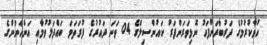
ހުވާކުރުމުގެ ދަރުބާރަށްފަހު ނޮޅިވަރަންފަރު ކައުންސިލްގެ 04 ވަނަ ދައުރުގެ ފުރަތަމަ ބައްދަލުވުމާއި އަންހެނުންގެ